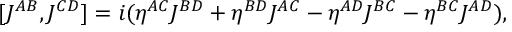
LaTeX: [ J ^ { A B } , J ^ { C D } ] = i ( \eta ^ { A C } J ^ { B D } + \eta ^ { B D } J ^ { A C } - \eta ^ { A D } J ^ { B C } - \eta ^ { B C } J ^ { A D } ) ,